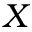
X